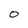
Character: 0